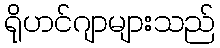
ရိုဟင်ဂျာများသည်